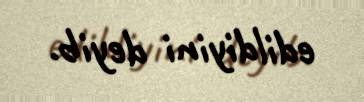
edildiyini deyib.